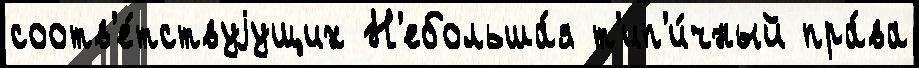
соотв'е́тствуjущих Н'ебольша́я т'ип'и́чный пра́ва